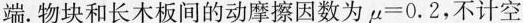
端.物块和长木板间的动摩擦因数为$$μ = 0 . 2$$，不计空